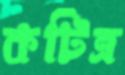
কটিত্র